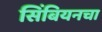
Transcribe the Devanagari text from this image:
सिंबियनचा